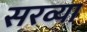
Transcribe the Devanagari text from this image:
सरव्या